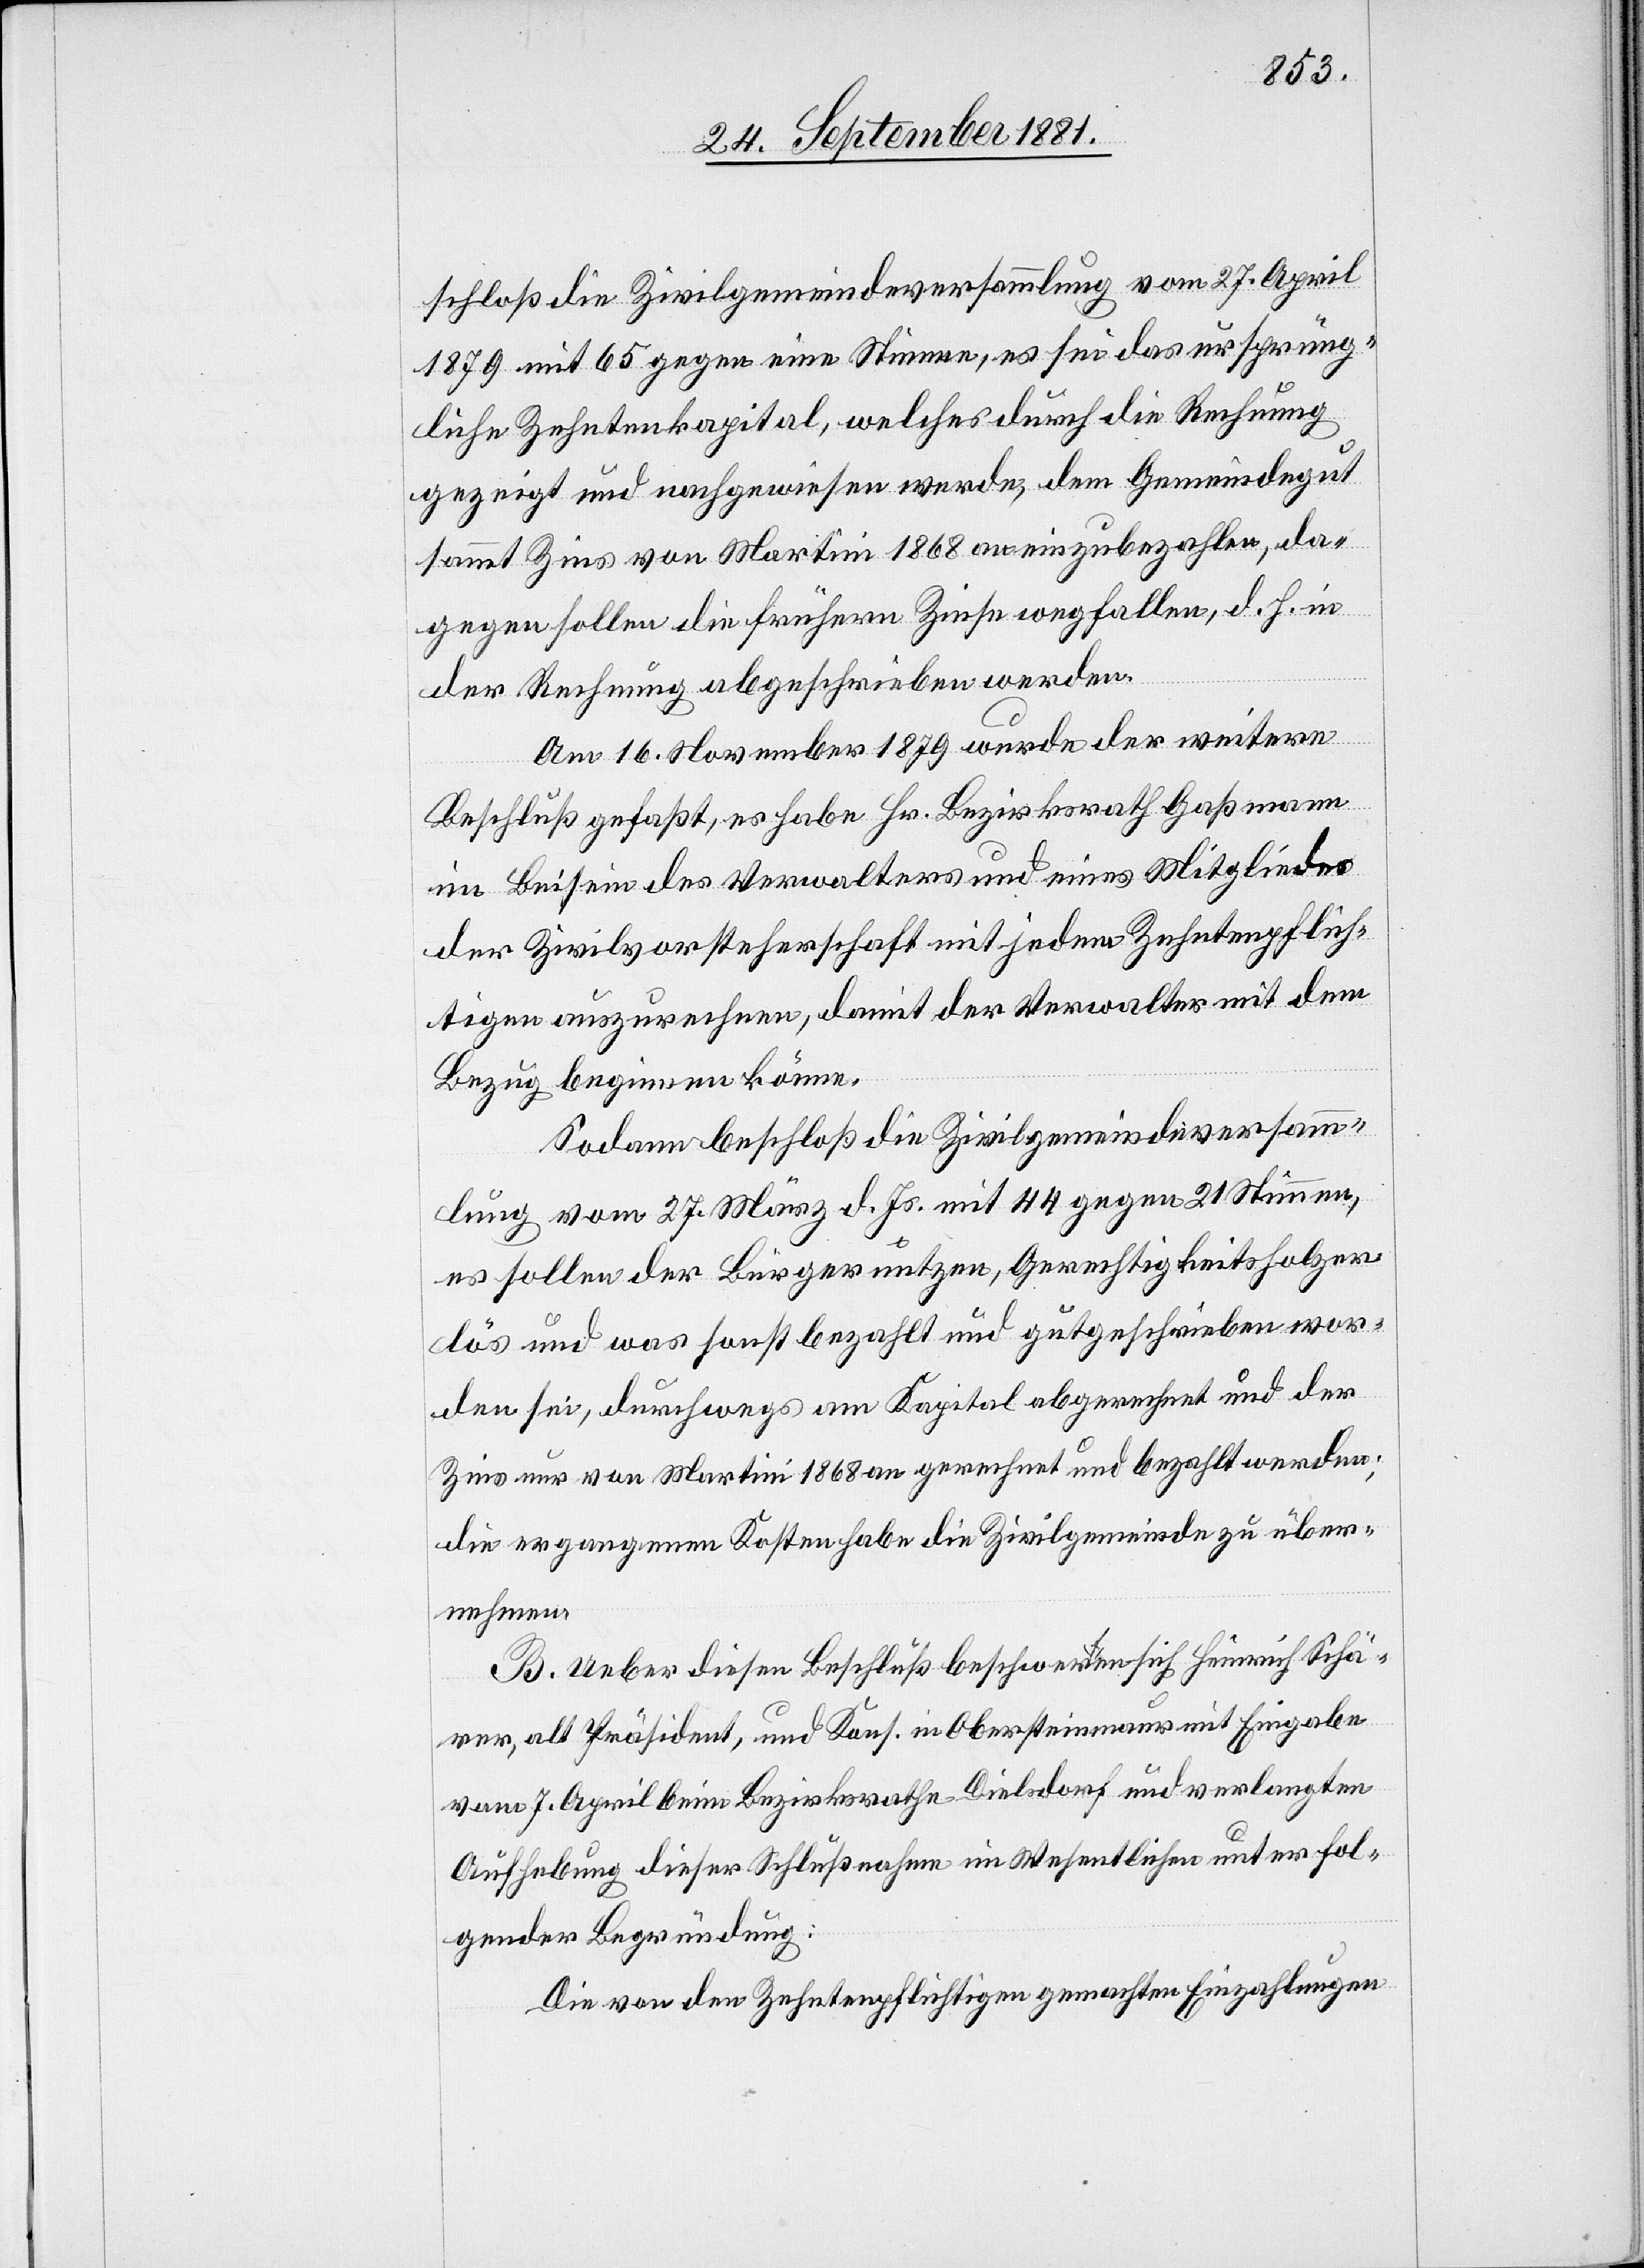
schloß die Zivilgemeindeversammlung vom 27. April
1879 mit 65 gegen eine Stimme, es sei das ursprüng¬
liche Zehntenkapital, welches durch die Rechnung
gezeigt und nachgewiesen werde, dem Gemeindegut
sammt Zins von Martini 1868 an einzubezahlen, da¬
gegen sollen die frühern Zinse wegfallen, d. h. in
der Rechnung abgeschrieben werden.
Am 16. November 1879 wurde der weitere
Beschluß gefaßt, es habe Hr. Bezirksrath Gaßmann
im Beisein des Verwalters und eines Mitglieds
der Zivilvorsteherschaft mit jedem Zehntenpflich¬
tigen auszurechnen, damit der Verwalter mit dem
Bezug beginnen könne.
Sodann beschloß die Zivilgemeindeversamm¬
lung vom 27. März d. Js. mit 44 gegen 21 Stimmen,
es sollen der Bürgernutzen, Gerechtigkeitsholzer¬
lös und was sonst bezahlt und gutgeschrieben wor¬
den sei, durchwegs am Kapital abgerechnet und der
Zins nur von Martini 1868 an gerechnet und bezahlt werden;
die ergangenen Kosten habe die Zivilgemeinde zu über¬
nehmen.
B. Ueber diesen Beschluß beschwerten sich Heinrich Schä¬
rer, alt Präsident, und Kons. in Obersteinmaur mit Eingabe
vom 7. April beim Bezirksrathe Dielsdorf und verlangten
Aufhebung dieser Schlußnahme im Wesentlichen unter fol¬
gender Begründung:
Die von den Zehntenpflichtigen gemachten Einzahlungen